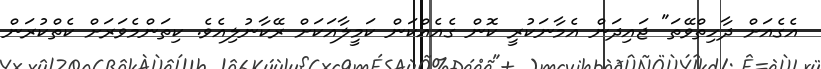
އެގެއަށް ދާހިތްވޭތަ" ޖައިދަން އެމާނަކުރީ ކޮން ގެއެއްކަން ކަމީލާއަކަށް ރޭކާނުލިއެވެ. ކިތަންމެވަރަށް ކެތްކުރަން